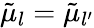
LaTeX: {\tilde{\mu}}_{l}={\tilde{\mu}}_{l{'}}